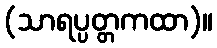
(သာရပ္ပတ္တကထာ)။